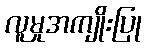
လူမှုအကျိုးပြု